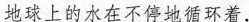
地球上的水在不停的循环着